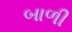
બાળી